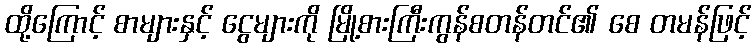
ထို့ကြောင့် စာများနှင့် ငွေများကို မြို့စားကြီးကွန်စတန်တင်၏ စေ တမန်ဖြင့်